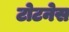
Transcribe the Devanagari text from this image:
टोटनेस